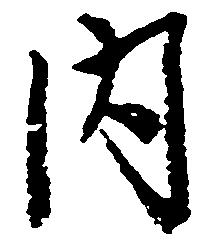
内